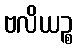
ဗလိယဉ္စ